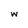
Character: w